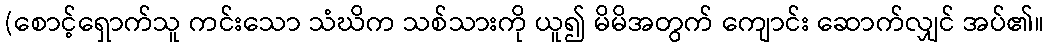
(စောင့်ရှောက်သူ ကင်းသော သံဃိက သစ်သားကို ယူ၍ မိမိအတွက် ကျောင်း ဆောက်လျှင် အပ်၏။